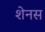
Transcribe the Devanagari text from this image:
शेनस